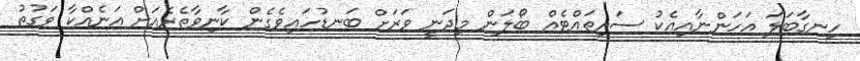
ހިނގާބަލަ އަހަންނާއިއެކު ސައިތައްޓެއް ބޯލަން މިދަނީ ވަރަށް ބަނޑުހައިވެގެން ކާނިވާތެރެއަށް އަނެއްކާ ވަގުތު